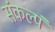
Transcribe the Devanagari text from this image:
संकल्पं